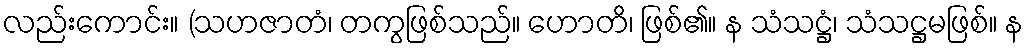
လည်းကောင်း။ (သဟဇာတံ၊ တကွဖြစ်သည်။ ဟောတိ၊ ဖြစ်၏။ န သံသဋ္ဌံ၊ သံသဋ္ဌမဖြစ်။ န